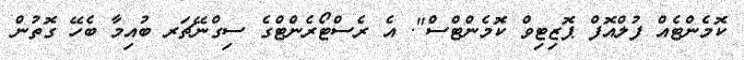
ކޮމެންޓެއް ފުލްއޮފް ޕޮޒިޓިވް ކޮމެންޓްސް". އެ ރެސްޓޯރެންޓްގެ ސިގްނޭޗަރ ބުއިމާ ބެހޭ ގޮތުން